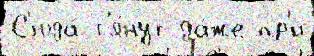
С'юда́ т'я́нут да́же пр'и